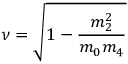
\nu = \sqrt { 1 - \frac { m _ { 2 } ^ { 2 } } { m _ { 0 } m _ { 4 } } }